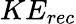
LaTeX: KE_{rec}